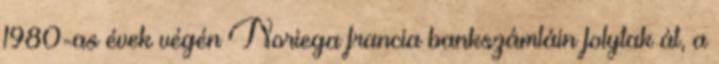
1980-as évek végén Noriega francia bankszámláin folytak át, a